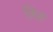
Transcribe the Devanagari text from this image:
लिङ